Papers set at the Examination for Leaving Certificates, 1895
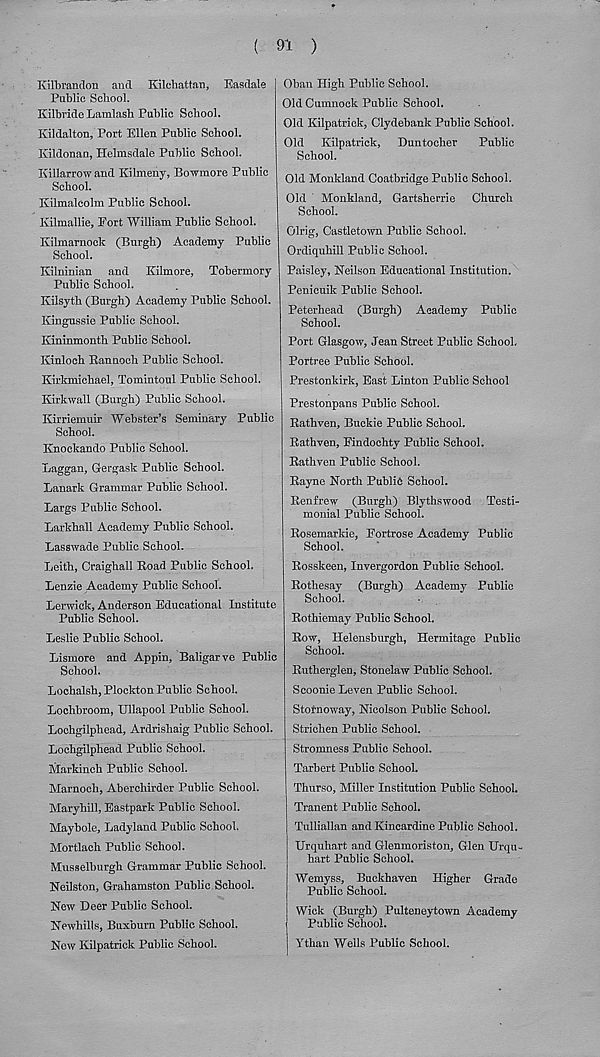
( 91 )
Kilbrandon and Kilehattan, Easdale
Public School.
Kilbride Lamlash Public School.
Kildalton, Port Ellen Public School.
Kildonan, Helmsdale Public School.
Killarrow and Kilmeny, Bowmore Public
School.
Kilmalcolm Public School.
Kilmallie, Port ‘William Public School.
Kilmarnock (Burgh) Academy Public
School.
Kilninian and Kilmore, Tobermory
Public School.
Kilsyth (Burgh) Academy Public School.
Kingussie Public School.
Kininmonth Public School.
Kinloch Rannoch Public School.
Kirkmichael, Tomintoul Public School.
Kirkwall (Burgh) Public School.
Kirriemuir Webster’s Seminary Public
School.
Knockando Public School.
Laggan, Gergask Public School.
Lanark Grammar Public School.
Largs Public School.
Larkhall Academy Public School.
Lasswade Public School.
Leith, Craighall Road Public School.
Lenzie Academy Public School.
Lerwick, Anderson Educational Institute
Public School.
Leslie Public School.
Lismore and Appin, Baligarye Public
School.
Lochalsh, Plockton Public School.
Lochbroom, Ullapool Public School.
Lochgilphead, Ardrishaig Public School.
Lochgilphead Public School.
Markinch Public School.
Marnoch, Aberchirder Public School.
Maryhill, Eastpark Public School.
Maybole, Ladyland Public School.
Mortlach Public School.
Musselburgh Grammar Public School.
Heilston, Grahamston Public School.
Hew Deer Public School.
Newhills, Buxburn Public School.
New Kilpatrick Public School.
Oban High Public School.
Old Cumnock Public School.
Old Kilpatrick, Clydebank Public School.
Old Kilpatrick, Duntocher Public
School.
Old Monkland Coatbridge Public School.
Old Monkland, Gartsherrie Church
School.
Olrig, Castletown Public School.
Ordiquhill Public School.
Paisley, Neilson Educational Institution.
Penicuik Public School.
Peterhead (Burgh) Academy Public
School.
Port Glasgow, Jean Street Public School.
Portree Public School.
Prestonkirk, East Linton Public School
Prestonpans Public School.
Rathven, Buckie Public School.
Rathven, Findochty Public School.
Rathven Public School.
Rayne North Public School.
Renfrew (Burgh) Blythswood Testi-
monial Public School.
Rosemarkie, Fortrose Academy Public
School.
Rosskeen, Invergorden Public School.
Rothesay (Burgh) Academy Public
School.
Rothiemay Public School.
Row, Helensburgh, Hermitage Public
School.
Rutherglen, Stonelaw Public School.
Scoonie Leven Public School.
Stornoway, Nicolson Public School.
Strichen Public School.
Stromness Public School.
Tarbort Public School.
Thurso, Miller Institution Public School.
Tranent Public School.
Tulliallan and Kincardine Public School.
Urquhart and Glenmoriston, Glen Urqu-
hart Public School.
Wemyss, Buckhaven Higher Grade
Public School.
Wick (Burgh) Pulteneytown Academy
Public School.
Ythan Weils Public School.